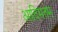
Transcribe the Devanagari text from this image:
आदिमतम